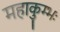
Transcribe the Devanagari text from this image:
महाकुम्भः